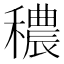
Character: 穠